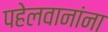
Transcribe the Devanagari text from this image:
पहेलवानांना